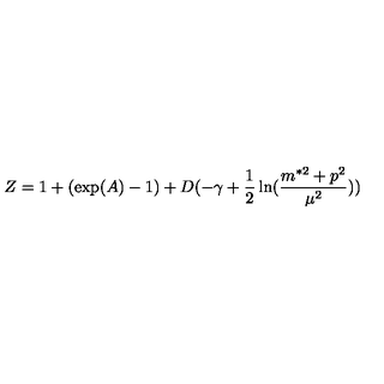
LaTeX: Z = 1 + ( \exp ( A ) - 1 ) + D ( - \gamma + \frac { 1 } { 2 } \ln ( \frac { m ^ { \ast 2 } + p ^ { 2 } } { \mu ^ { 2 } } ) )